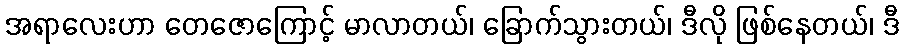
အရာလေးဟာ တေဇောကြောင့် မာလာတယ်၊ ခြောက်သွားတယ်၊ ဒီလို ဖြစ်နေတယ်၊ ဒီ